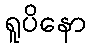
ရူပိနော